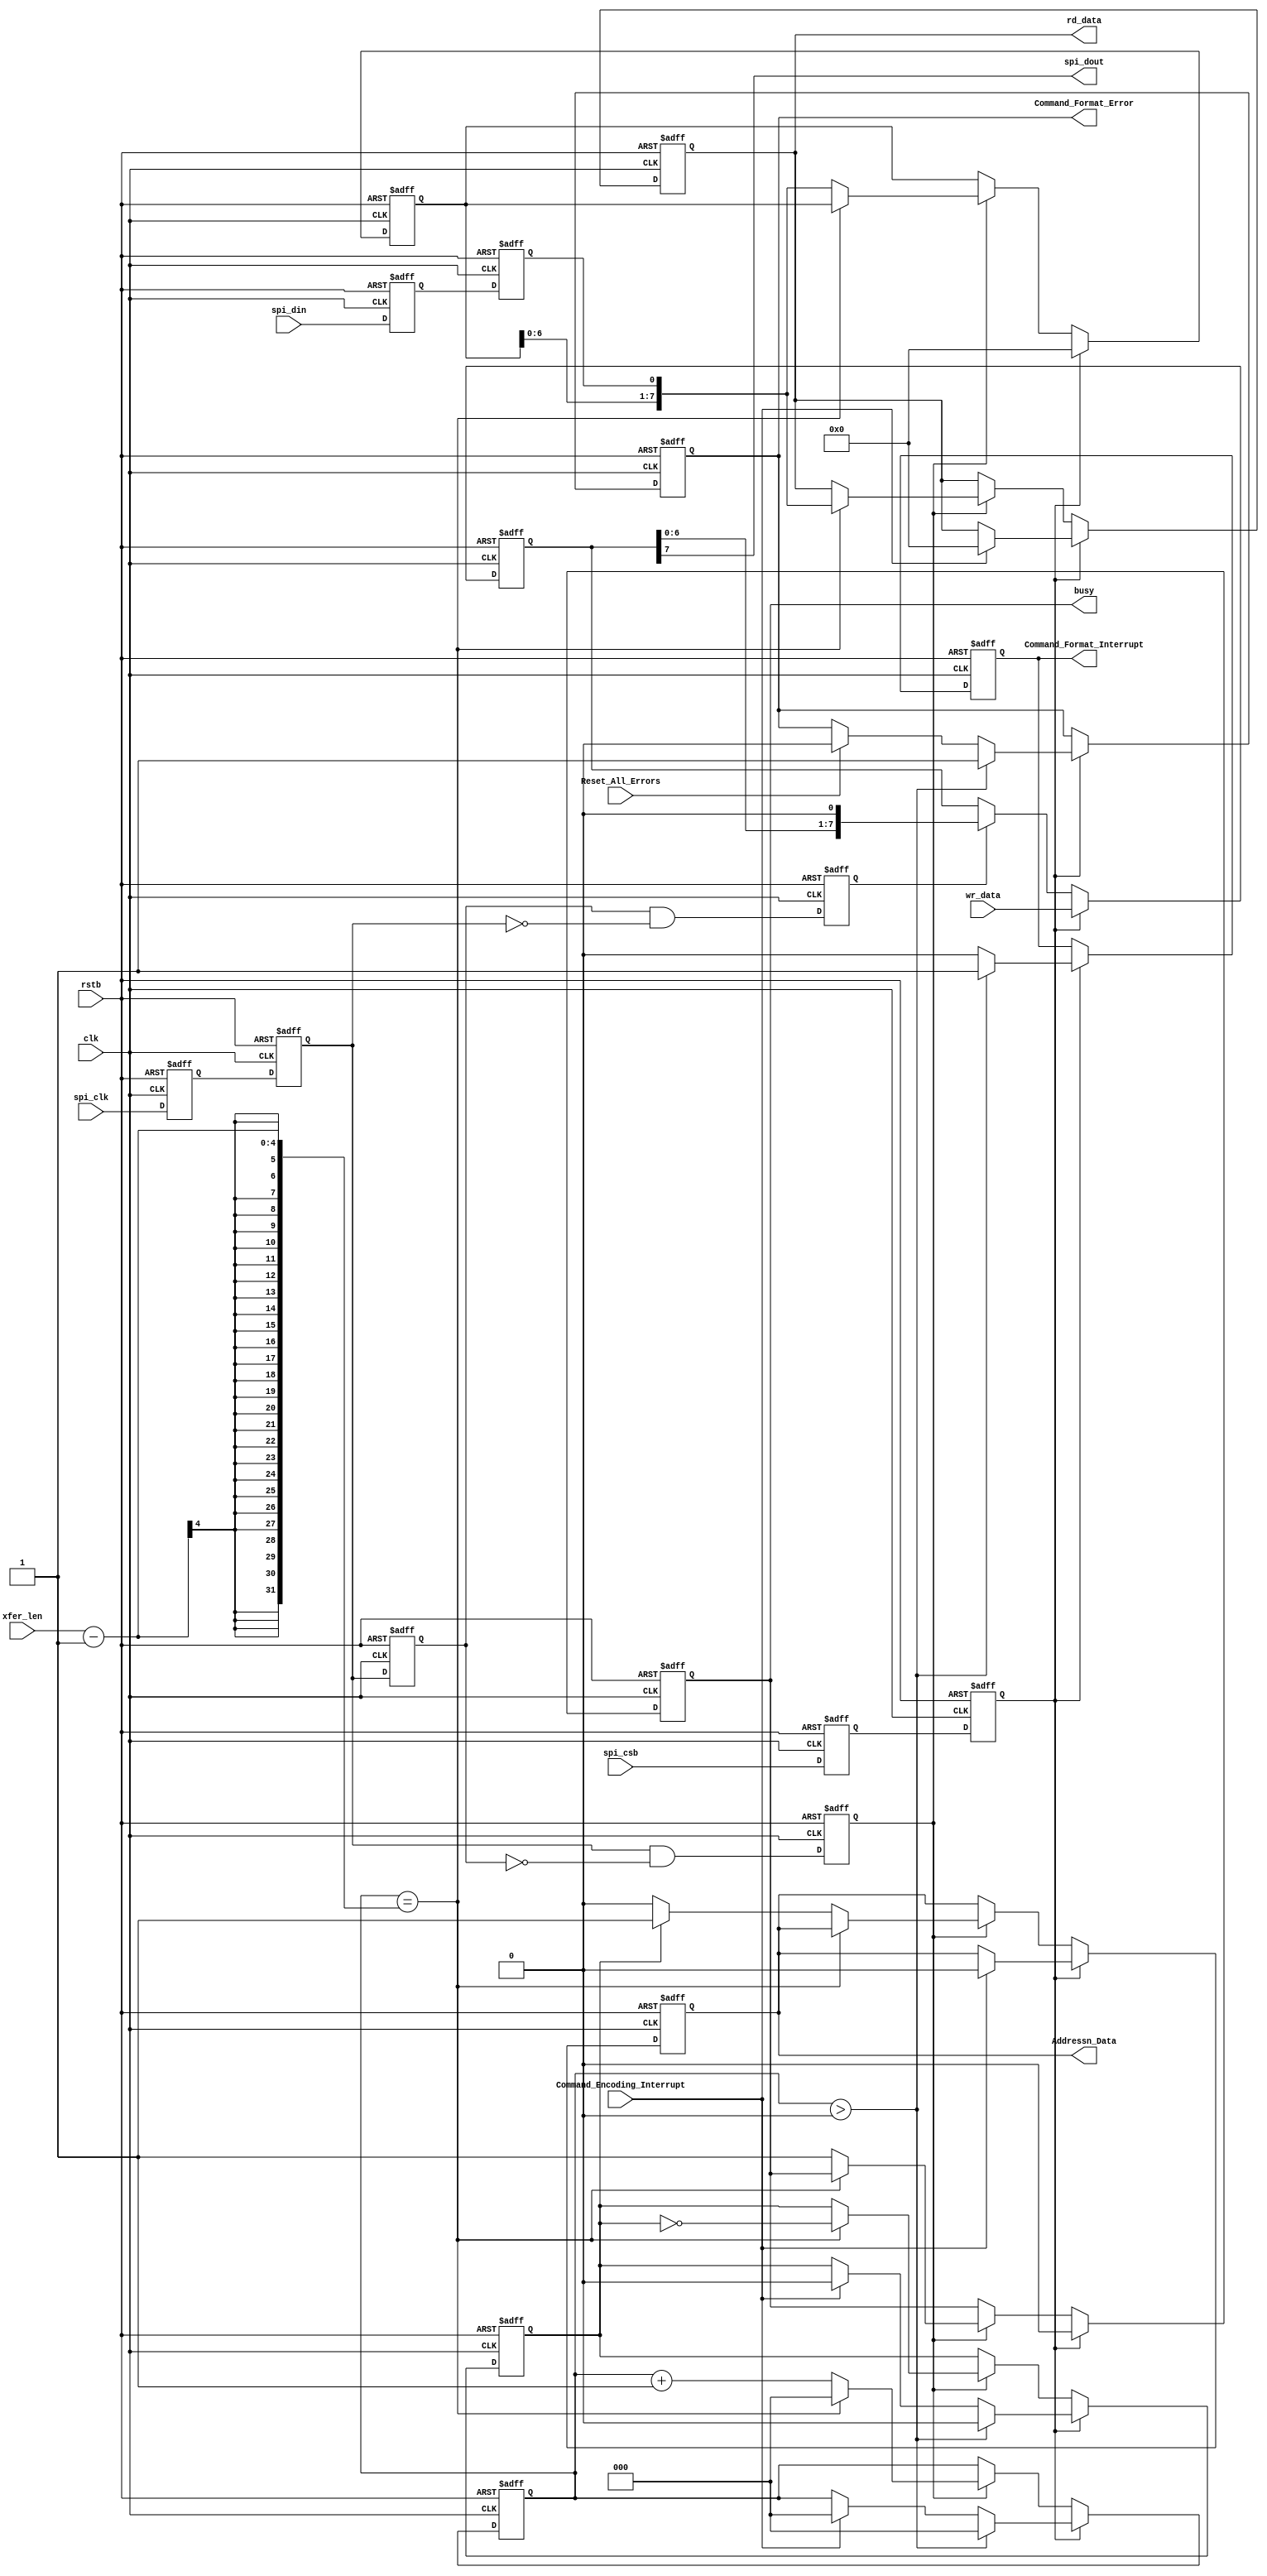
//
// Slave SPI interface, shared between multiple devices.
//

`timescale  1 ps / 1 ps

module msc_slave_spi (
          rstb,               // active low asynch reset
          clk,                // master synch clock
          xfer_len,           // transfer length in bits
          busy,                // previous transfer finished
          rd_data,            // transfer read result 
          spi_csb,            // SPI CSbar outputs
          spi_clk,            // SPI clock output 
          spi_din,            // SPI data input (peripheral output) 
          spi_dout,           // SPI data output (peripheral input)
			 wr_data,
			 Addressn_Data,
			 Command_Format_Error,
			 Command_Format_Interrupt,
			 Command_Encoding_Interrupt,
			 Reset_All_Errors
       );
 
input rstb; 
input clk;
input [3:0] xfer_len;        // min 2, max 16
input [7:0] wr_data;   
input spi_csb;
input spi_clk;
input spi_din; 
input Reset_All_Errors;
input Command_Encoding_Interrupt;
 
output reg busy; 
output reg[7:0] rd_data;        // MSBs padded with 0 if xfer_len < 16
output reg Addressn_Data; // RECEIVED DATA IS ADDRESS = "0", DATA = "1"
output reg Command_Format_Error;
output reg Command_Format_Interrupt;
output spi_dout;       

///////////////////////////////////////////////////////////////////////////////
// Continuously sample spi_din.  The sample that is actually used will
// depend on sample_pt.

reg spi_din_s, spi_din_s1;
reg spi_clk_s, spi_clk_s1, spi_clk_s2, spi_clk_der, spi_clk_n_der;
reg spi_csb_s, spi_csb_s1;
reg Transaction_Counter;

always @ (posedge clk or negedge rstb)
begin
	if(!rstb) 
	begin  
		spi_din_s1 <= 1'b0;
		spi_din_s <= 1'b0;		
	end 
	else 
	begin
      spi_din_s1 <= spi_din;
		spi_din_s <= spi_din_s1;
   end
end

always @ (posedge clk or negedge rstb)
begin
	if(!rstb) 
	begin  
		spi_clk_s1 <= 1'b0;
		spi_clk_s2 <= 1'b0;
		spi_clk_s <= 1'b0;	
		spi_clk_der <= 1'b0;
		spi_clk_n_der <= 1'b0;
	end 
	else 
	begin
      spi_clk_s1 <= spi_clk;
		spi_clk_s2 <= spi_clk_s1;
		spi_clk_s <= spi_clk_s2;
		spi_clk_der <= spi_clk_s2 & (~spi_clk_s);
		spi_clk_n_der <= spi_clk_s & (~spi_clk_s2);
   end
end

always @ (posedge clk or negedge rstb)
begin
	if(!rstb) 
	begin  
		spi_csb_s1 <= 1'b0;
		spi_csb_s <= 1'b0;		
	end 
	else 
	begin
      spi_csb_s1 <= spi_csb;
		spi_csb_s <= spi_csb_s1;
   end
end

///////////////////////////////////////////////////////////////////////////////
// Read data shift register

reg [7:0] shift_in;
reg [2:0] xfercount;

always @(posedge clk or negedge rstb)
   begin
      if (!rstb) 
			begin
				shift_in <= 8'h0;
				rd_data <= 8'h0;
				xfercount <= 3'h0;
				busy <= 1'b0;
				Addressn_Data <= 1'b0;
				Transaction_Counter <= 1'b0;
				Command_Format_Error <= 1'b0;
				Command_Format_Interrupt <= 1'b0;
			end 
		else 
			begin
				if (spi_csb_s) 
					begin
						shift_in <= 8'h0;
						busy <= 1'b0;
						if (Reset_All_Errors) begin Command_Format_Error <= 1'b0; end
						if (Command_Encoding_Interrupt)
							begin
								rd_data <= 8'h0;
								xfercount <= 3'h0;
								Addressn_Data <= 1'b0;
								Transaction_Counter <= 1'b0;
							end
						if (xfercount > 0) 
							begin 
								xfercount <= 3'h0;
								Transaction_Counter <= 1'b0;
								Command_Format_Error <= 1'b1;
								Command_Format_Interrupt <= 1'b1;
							end
						else begin Command_Format_Interrupt <= 1'b0; end
					end 
				else 
					begin
						if (spi_clk_der) 
							begin
								if (xfercount == (xfer_len-1)) 
								begin
										// End of transfer. Latch a copy of (new) shift register contents.
									rd_data <= {shift_in[6:0], spi_din_s};
									xfercount <= 3'h0;
									Transaction_Counter <= ~Transaction_Counter;
								end
								else 
									begin
										if (Transaction_Counter) begin Addressn_Data <= 1'b1; end
										else begin Addressn_Data <= 1'b0; end
										shift_in <= {shift_in[6:0], spi_din_s};
										xfercount <= xfercount + 3'h1;
										busy <= 1'b1;
									end
							end
					end
			end
   end
   
///////////////////////////////////////////////////////////////////////////////
// Write data shift register

// spi_dout enables data in transfer
//assign spi_dout = shift_out[23];

///////////////////////////////////////////////////////////////////////////////
// Write data shift register

reg [7:0] shift_out;

always @(posedge clk or negedge rstb)
   begin
      if (!rstb) begin
         shift_out <= 8'h0;
      end 
		else begin
         if (spi_csb_s) begin
            // Load data to be written into upper part of shift register 
            shift_out <= wr_data; 
         end 
			else if (spi_clk_n_der) begin//
            shift_out <= shift_out << 1;
         end
      end
   end

assign spi_dout = shift_out[7];


///////////////////////////////////////////////////////////////////////////////


	
endmodule